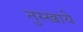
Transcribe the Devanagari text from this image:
नुस्खाये